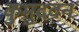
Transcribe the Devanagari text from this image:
कुमुदवन